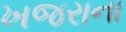
ખજરાના